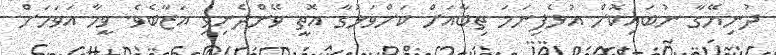
ދުނިޔޭގާ ނުބައިކޮށް އުޅެފިނަމަ ތިބާއަށް ކަށްވަޅުގާ އޮތީ ވޭންދެނިވި އަޒާބެވެ. ވީމާ އަވަހަށް